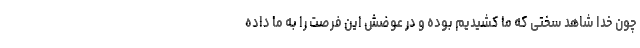
چون خدا شاهد سختی که ما کشیدیم بوده و در عوضش این فرصت را به ما داده